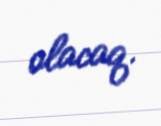
olacaq.